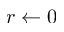
r \gets 0